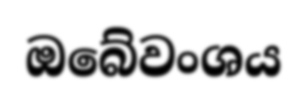
ඔබේවංශය